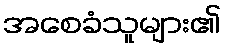
အစေခံသူများ၏